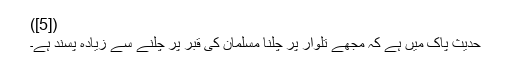
([5])
حدیثِ پاک میں ہے کہ مجھے تلوار پر چلنا مسلمان کی قبر پر چلنے سے زیادہ پسند ہے۔